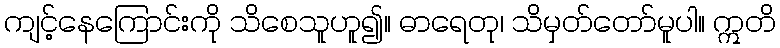
ကျင့်နေကြောင်းကို သိစေသူဟူ၍။ ဓာရေတု၊ သိမှတ်တော်မူပါ။ ဣတိ